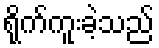
ရိုက်ကူးခဲ့သည်